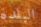
البلدة